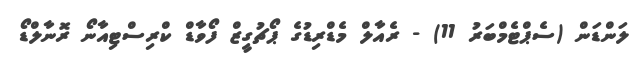
ލަންޑަން (ސެޕްޓެމްބަރު 11) - ރެއާލް މެޑްރިޑުގެ ޕޯޗުގީޒް ފޯވާޑް ކްރިސްޓިއާނޯ ރޮނާލްޑޯ